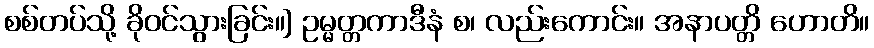
စစ်တပ်သို့ ခိုဝင်သွားခြင်း။] ဥမ္မတ္တကာဒီနံ စ၊ လည်းကောင်း။ အနာပတ္တိ ဟောတိ။